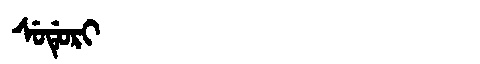
Manchu: ᠰᡠᡩᡠᡵᡳ
Romanization: SUDURI